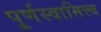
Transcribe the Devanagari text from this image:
पूर्णस्वामित्त्व